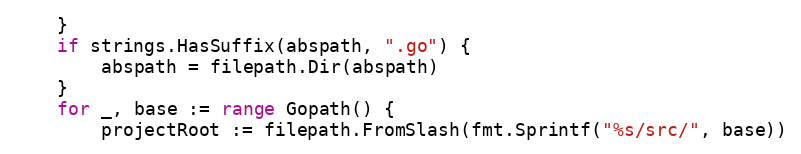
Language: Go
	}
	if strings.HasSuffix(abspath, ".go") {
		abspath = filepath.Dir(abspath)
	}
	for _, base := range Gopath() {
		projectRoot := filepath.FromSlash(fmt.Sprintf("%s/src/", base))